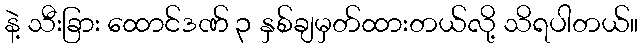
နဲ့ သီးခြား ထောင်ဒဏ် ၃ နှစ်ချမှတ်ထားတယ်လို့ သိရပါတယ်။